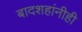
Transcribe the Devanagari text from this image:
बादशहांनीही